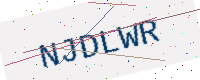
Text: NJDLWR